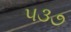
૫૩૭